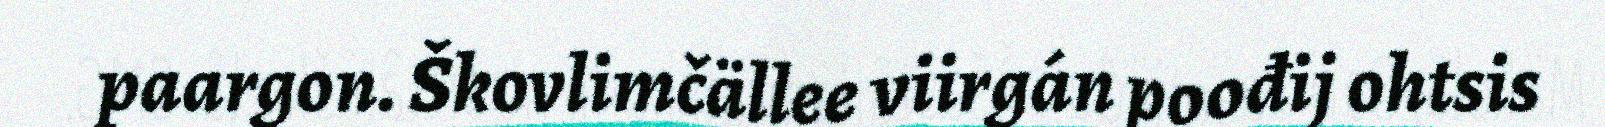
paargon. Škovlimčällee viirgán poođij ohtsis